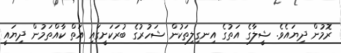
ރޮމުން ދިޔައެވެ. ޝީލާގެ އަތުގެ އިނގިލިތަކުން ޝަހުރުގެ ބުރަކަށީގައި އަތް ކާއްތަމުން ދިޔައީ